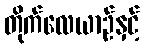
တိုက်လေယာဉ်နှင့်